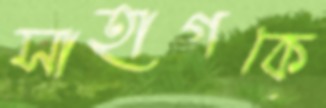
সাহাগকে